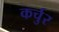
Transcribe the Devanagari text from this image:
कर्चुर